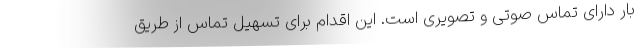
بار دارای تماس صوتی و تصویری است. این اقدام برای تسهیل تماس از طریق